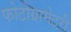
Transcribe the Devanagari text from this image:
फोटोग्रामेटरी